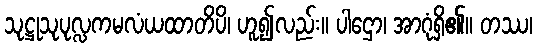
သုဋ္ဌုသုပုလ္လကမလံယထာတိပိ၊ ဟူ၍လည်း။ ပါဌော၊ အာဂုံရှိ၏။ တဿ၊